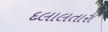
દલાલતારી